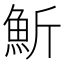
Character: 䰺